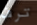
ترف